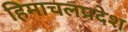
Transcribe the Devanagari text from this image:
हिमाचलप्रदेश